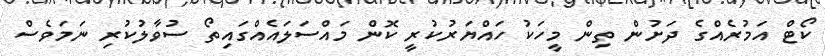
ކޯޓް އަމުރެއްގެ ދަށުން ތިން މީހަކު ހައްޔަރުކުރީ ކޮން މައްސަލައެއްގައިތޯ ސުވާލުކުރި ނަމަވެސް